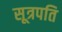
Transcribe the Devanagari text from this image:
सूत्रपति